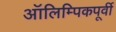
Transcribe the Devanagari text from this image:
ऑलिम्पिकपूर्वी